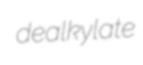
dealkylate